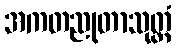
အကတညုတာသုတ္တံ